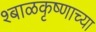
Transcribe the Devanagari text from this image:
श्बाळकृष्णाच्या